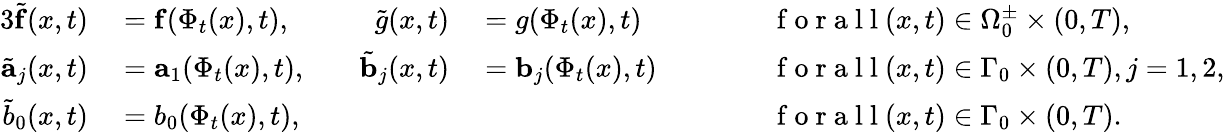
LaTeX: \begin{array}{rlrlrl}{{3}\tilde{\mathbf{f}}(x,t)}&{{}=\mathbf{f}(\Phi_{t}(x),t),}&{\quad\tilde{g}(x,t)}&{{}=g(\Phi_{t}(x),t)}&{\qquad}&{{}\mathrm{~f~o~r~a~l~l~}(x,t)\in\Omega_{0}^{\pm}\times(0,T),}\\ {\tilde{\mathbf{a}}_{j}(x,t)}&{{}=\mathbf{a}_{1}(\Phi_{t}(x),t),}&{\quad\tilde{\mathbf{b}}_{j}(x,t)}&{{}=\mathbf{b}_{j}(\Phi_{t}(x),t)}&{\qquad}&{{}\mathrm{~f~o~r~a~l~l~}(x,t)\in\Gamma_{0}\times(0,T),j=1,2,}\\ {\tilde{b}_{0}(x,t)}&{{}=b_{0}(\Phi_{t}(x),t),}&{}&{{}}&{\qquad}&{{}\mathrm{~f~o~r~a~l~l~}(x,t)\in\Gamma_{0}\times(0,T).}\end{array}